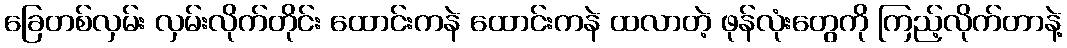
ခြေတစ်လှမ်း လှမ်းလိုက်တိုင်း ထောင်းကနဲ ထောင်းကနဲ ထလာတဲ့ ဖုန်လုံးတွေကို ကြည့်လိုက်တာနဲ့